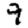
Digit: 9